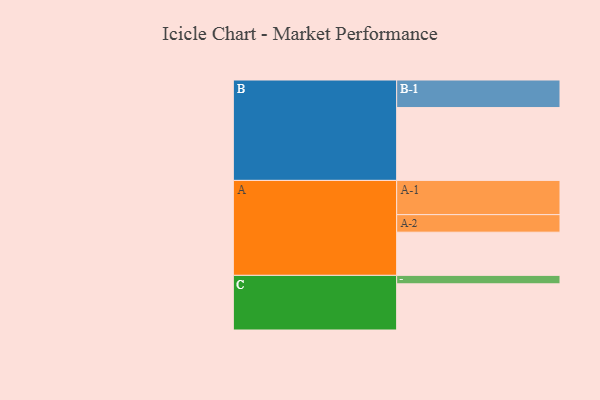
{"axis": {"x": "Segment", "y": "Value"}, "legend": ["", "A", "B", "C"], "data": [{"x": "A", "y": 332, "type": ""}, {"x": "B", "y": 560, "type": ""}, {"x": "C", "y": 355, "type": ""}, {"x": "A-1", "y": 263, "type": "A"}, {"x": "A-2", "y": 135, "type": "A"}, {"x": "B-1", "y": 212, "type": "B"}, {"x": "C-1", "y": 65, "type": "C"}]}